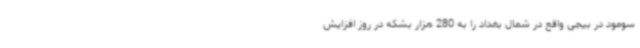
سومود در بیجی واقع در شمال بغداد را به 280 هزار بشکه در روز افزایش